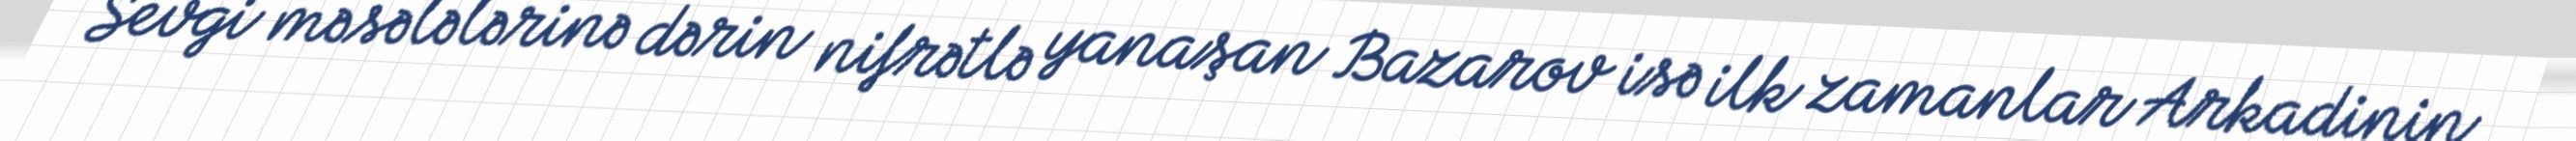
Sevgi məsələlərinə dərin nifrətlə yanaşan Bazarov isə ilk zamanlar Arkadinin